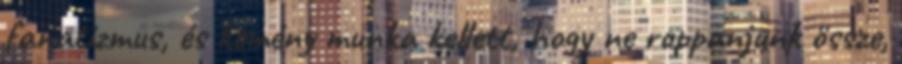
fanatizmus, és kemény munka kellett, hogy ne roppanjunk össze,